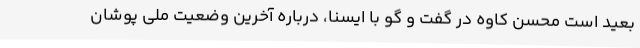
بعید است محسن کاوه در گفت و گو با ایسنا، درباره آخرین وضعیت ملی پوشان